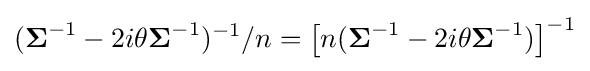
({\boldsymbol {\Sigma }}^{-1}-2i\theta {\boldsymbol {\Sigma }}^{-1})^{-1}/n=\left[n({\boldsymbol {\Sigma }}^{-1}-2i\theta {\boldsymbol {\Sigma }}^{-1})\right]^{-1}